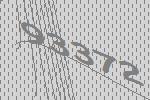
93372